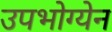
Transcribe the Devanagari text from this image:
उपभोग्येन